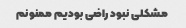
مشکلی نبود راضی بودیم ممنونم